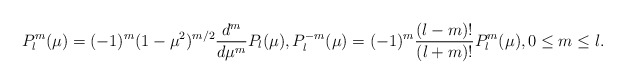
\begin{align*}P_l^m(\mu)=(-1)^m(1-\mu^2)^{m/2}\frac{d^m}{d\mu^m}P_l(\mu),P_l^{-m}(\mu)=(-1)^m\frac{(l-m)!}{(l+m)!}P_l^m(\mu),0\le m\le l.\end{align*}